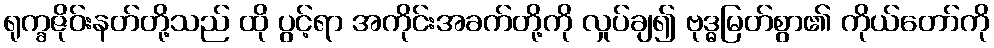
ရုက္ခဇိုဝ်းနတ်တို့သည် ထို ပွင့်ရာ အကိုင်းအခက်တို့ကို လှုပ်ချ၍ ဗုဒ္ဓမြတ်စွာ၏ ကိုယ်တော်ကို